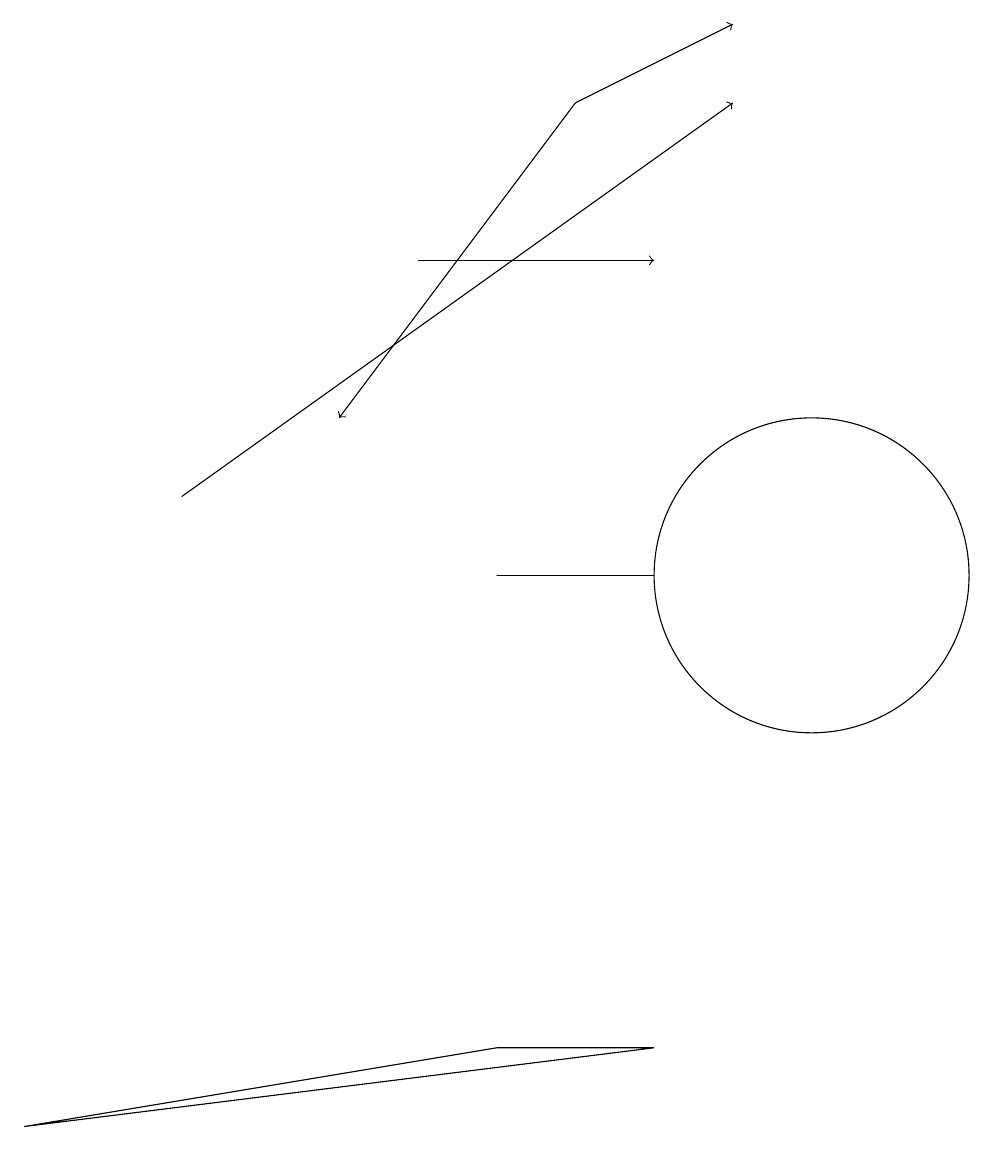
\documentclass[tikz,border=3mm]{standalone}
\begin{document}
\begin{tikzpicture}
\draw[->] (7,16) -- (4,12);
\draw (6,10) rectangle (8,10);
\draw[->] (5,14) -- (8,14);
\draw (10,10) circle (2);
\draw[->] (2,11) -- (9,16);
\draw[->] (7,16) -- (9,17);
\draw (8,4) -- (0,3) -- (6,4) -- cycle;
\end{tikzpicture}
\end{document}